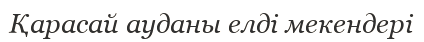
Қарасай ауданы елді мекендері